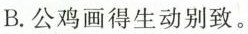
B.公鸡画得生动别致。